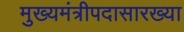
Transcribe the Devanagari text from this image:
मुख्यमंत्रीपदासारख्या